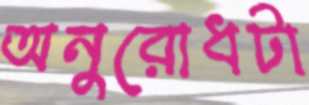
অনুরোধটা